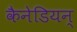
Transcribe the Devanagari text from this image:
कैनेडियन्